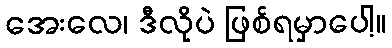
အေးလေ၊ ဒီလိုပဲ ဖြစ်ရမှာပေါ့။